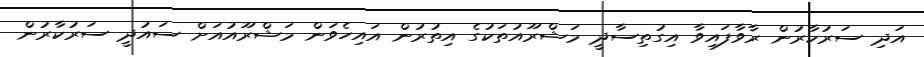
އަދި ސަރުކާރުން ރާވާފައިވާ އިގުތިސާދީ މަޝްރޫއުތަކުގެ އިތުރުން އައިހެވަން މަޝްރޫއުއަށް ސައުދީ ސަރުކާރުން